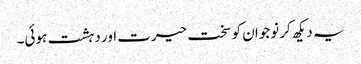
یہ دیکھ کر نوجوان کو سخت حیرت اور دہشت ہوئی۔